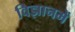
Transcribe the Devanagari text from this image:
विज्ञानमें